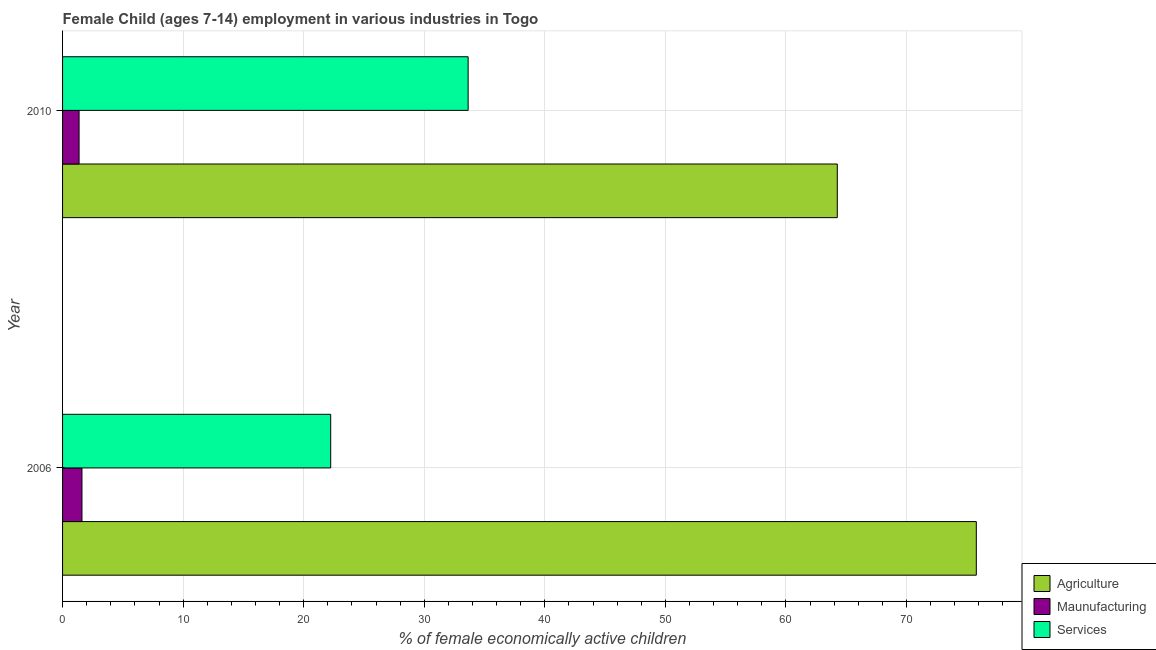
| Year | Agriculture | Maunufacturing | Services |
 | --- | --- | --- | --- |
 | 2006 | 75.8 | 1.61 | 22.2 |
 | 2010 | 64.3 | 1.37 | 33.6 |